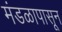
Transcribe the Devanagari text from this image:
मंडळापासून